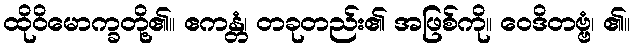
ထိုဝိမောက္ခတို့၏။ ဧကန္တံ၊ တခုတည်း၏ အဖြစ်ကို။ ဝေဒိတဗ္ဗံ၊ ၏။